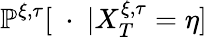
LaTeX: \mathbb{P}^{\xi,\tau}[\ \cdot\ |X_{T}^{\xi,\tau}=\eta]